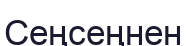
Сеңсеңнен